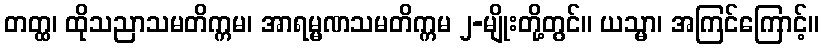
တတ္ထ၊ ထိုသညာသမတိက္ကမ၊ အာရမ္မဏသမတိက္ကမ ၂-မျိုးတို့တွင်။ ယသ္မာ၊ အကြင်ကြောင့်။